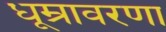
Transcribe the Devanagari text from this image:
धूम्रावरणा